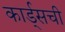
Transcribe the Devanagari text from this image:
कार्ड्सची